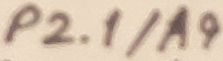
Text: P2.1/A9